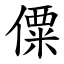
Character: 僳